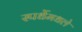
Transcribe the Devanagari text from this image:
स्पर्धेमधले